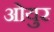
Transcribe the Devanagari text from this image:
ओयुर